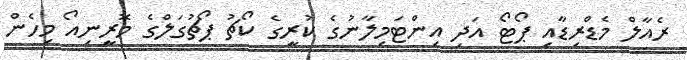
ރެއާލް މެޑްރިޑާއި ޕޯޓޯ އަދި އިންޓަމިލާނުގެ ކުރީގެ ކޯޗު ޕޯޗުގަލްގެ މޮރީނިއޯ މިހެން